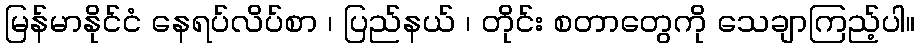
မြန်မာနိုင်ငံ နေရပ်လိပ်စာ ၊ ပြည်နယ် ၊ တိုင်း စတာတွေကို သေချာကြည့်ပါ။